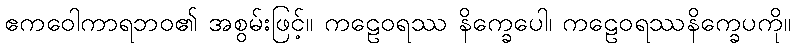
ဧကဝေါကာရဘဝ၏ အစွမ်းဖြင့်။ ကဠေဝရဿ နိက္ခေပေါ၊ ကဠေဝရဿနိက္ခေပကို။